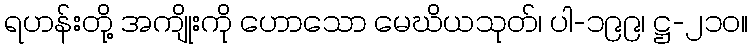
ရဟန်းတို့ အကျိုးကို ဟောသော မေဃိယသုတ်၊ ပါ-၁၉၉၊ ဋ္ဌ-၂၁၀။